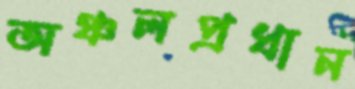
অঞ্চলপ্রধান